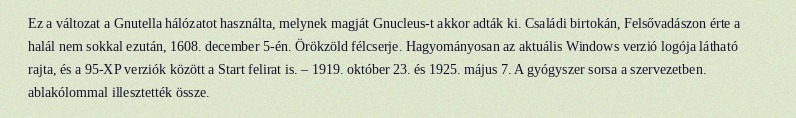
Ez a változat a Gnutella hálózatot használta, melynek magját Gnucleus-t akkor adták ki. Családi birtokán, Felsővadászon érte a halál nem sokkal ezután, 1608. december 5-én. Örökzöld félcserje. Hagyományosan az aktuális Windows verzió logója látható rajta, és a 95-XP verziók között a Start felirat is. – 1919. október 23. és 1925. május 7. A gyógyszer sorsa a szervezetben. ablakólommal illesztették össze.